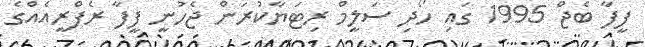
ފީފާ ބެޖް 1995 ގައި ހޯދި ސަލީމް ރިޓަޔާކުރަން ޖެހުނީ ފީފާ ރެފްރީއެއްގެ